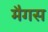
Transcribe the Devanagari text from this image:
मैगस